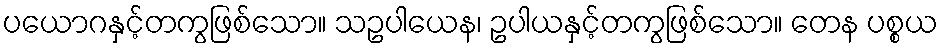
ပယောဂနှင့်တကွဖြစ်သော။ သဥပါယေန၊ ဥပါယနှင့်တကွဖြစ်သော။ တေန ပစ္စယ